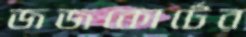
জজকোর্টের